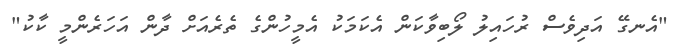
"އެނގޭ އަދިވެސް ރުހައިލު ލޯބިވާކަން އެކަމަކު އެމީހުންގެ ތެރެއަށް ދާން އަހަރެންމީ ކާކު"